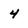
Character: 4